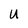
Character: U